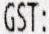
GST: